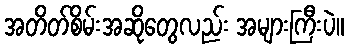
အတိတ်စိမ်းအဆိုတွေလည်း အများကြီးပဲ။